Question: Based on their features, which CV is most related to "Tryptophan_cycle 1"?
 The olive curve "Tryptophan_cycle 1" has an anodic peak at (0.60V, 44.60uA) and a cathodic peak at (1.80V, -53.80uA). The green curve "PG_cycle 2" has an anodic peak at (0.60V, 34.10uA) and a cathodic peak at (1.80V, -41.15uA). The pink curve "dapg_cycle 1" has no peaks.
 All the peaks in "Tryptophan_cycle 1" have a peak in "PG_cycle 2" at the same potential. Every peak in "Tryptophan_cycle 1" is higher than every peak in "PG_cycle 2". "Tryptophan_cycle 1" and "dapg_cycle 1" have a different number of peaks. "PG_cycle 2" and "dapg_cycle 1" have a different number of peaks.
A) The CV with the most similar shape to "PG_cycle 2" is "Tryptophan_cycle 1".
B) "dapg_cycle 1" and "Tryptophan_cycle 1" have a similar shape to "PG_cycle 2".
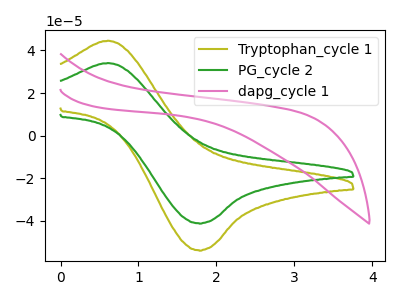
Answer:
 <answer>A) The CV with the most similar shape to "PG_cycle 2" is "Tryptophan_cycle 1".</answer>
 <eval>A</eval>